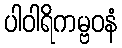
ပါဝါရိကမ္ဗဝနံ